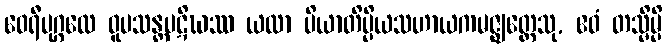
ဝေရီပုဂ္ဂလေ ဝူပသန္တပဋိဃဿ ယထာ ပိယာတိပ္ပိယသဟာယကမဇ္ဈတ္တေသု, ဧဝံ တသ္မိမ္ပိ